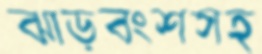
ঝাড়বংশসহ